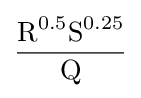
{\frac {{\textrm {R}}^{0.5}{\textrm {S}}^{0.25}}{\textrm {Q}}}